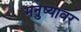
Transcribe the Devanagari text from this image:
मनुष्यावर